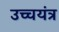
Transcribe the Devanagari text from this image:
उच्चयंत्र